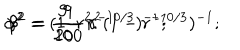
\alpha ^ { 2 } = ( 1 - r ^ { - 1 0 / 3 } ) ^ { - 1 } ; \hspace { 2 m m } \beta ^ { 2 } = \frac { 9 } { 1 0 0 } r ^ { 2 } ( 1 - r ^ { - 1 0 / 3 } ) ^ { - 1 } ; \hspace { 2 m m } \gamma ^ { 2 } = \frac { 9 } { 2 0 } r ^ { 2 } .